Vaccine operations Central Provinces 1886-1899 - 1886-1899
Year: 1886
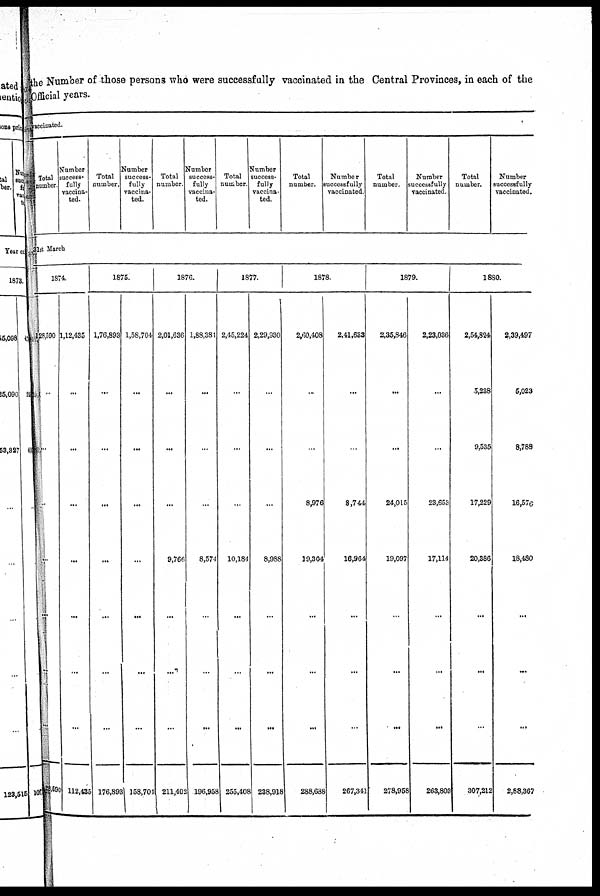
the Number of those persons who were successfully vaccinated in the Central Provinces, in each of the
Official years.
vaccinated.
Total
number.
Number
success¬
fully
vaccina-
ted.
Total
number.
Number
success¬
fully
vaccina-
ted.
Total
number.
Number
success-
fully
vaccina-
ted.
Total
number
Number
success-
fully
vaccina-
ted.
Total
number.
Number
successfully
vaccinated.
Total
number.
Number
successfully
vaccinated.
Total
number.
Number
successfully
vaccinated.
31st March
1874.
128,590
...
...
...
...
...
...
...
128,590
1,12,435
...
...
...
...
...
...
...
112,435
1875.
1,76,803
...
...
...
...
...
...
...
176,893
1,58,704
...
...
...
...
...
...
...
158,704
1876.
2,01,636
...
...
...
9,766
...
...
...
211,402
1,88,381
...
...
...
8,574
...
...
...
196,958
1877.
2,45,224
...
...
...
10,184
...
...
...
255,408
2,29,930
...
...
...
8,988
...
...
...
238,918
1878.
2,60,408
...
...
8,976
19,304
...
...
...
288,638
2,41,633
...
...
8,744
16,964
...
...
...
267,341
1879.
2,35,846
...
...
24,015
19,097
...
...
...
278,958
2,23,036
...
...
23,653
17,114
...
...
...
263,803
1880.
2,54,824
5,238
9,535
17,229
20,386
...
...
...
307,212
2,39,497
5,023
8,788
16,576
18,480
...
...
...
2,88,367